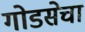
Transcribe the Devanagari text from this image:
गोडसेचा